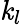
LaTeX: \mathit{k}_{l}